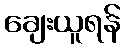
ချေးယူရန်